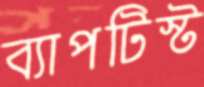
ব্যাপটিস্ট